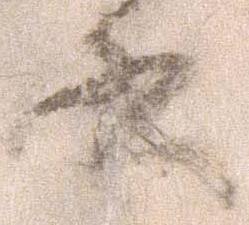
書